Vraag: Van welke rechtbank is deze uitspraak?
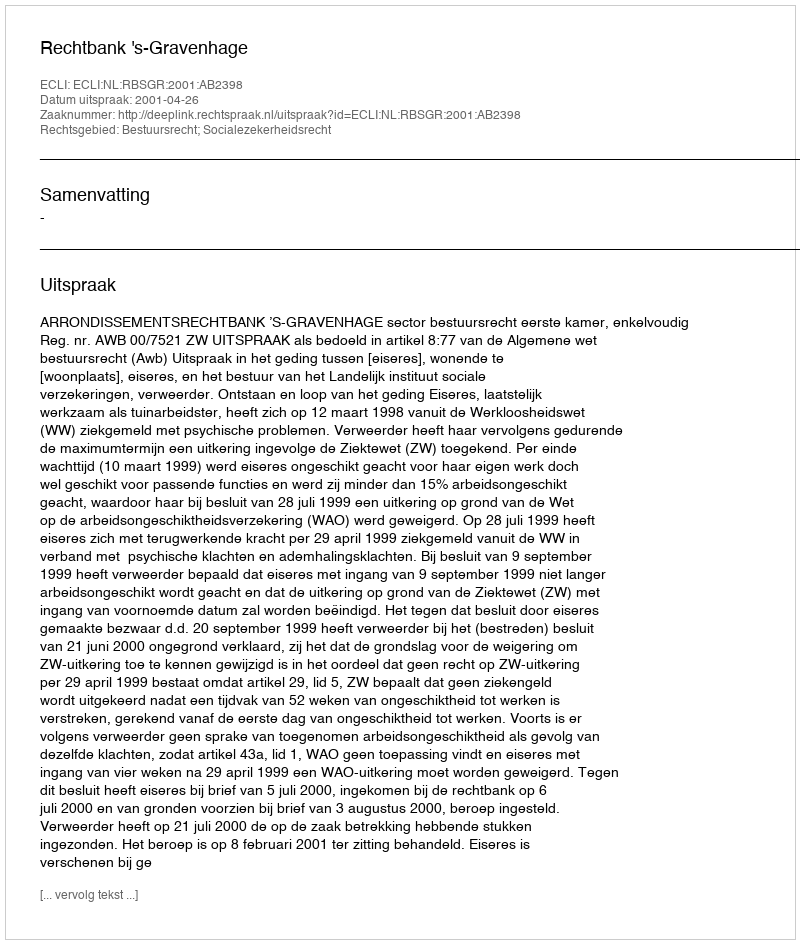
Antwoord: Rechtbank 's-Gravenhage